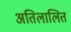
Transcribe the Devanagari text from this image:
अतिलालित